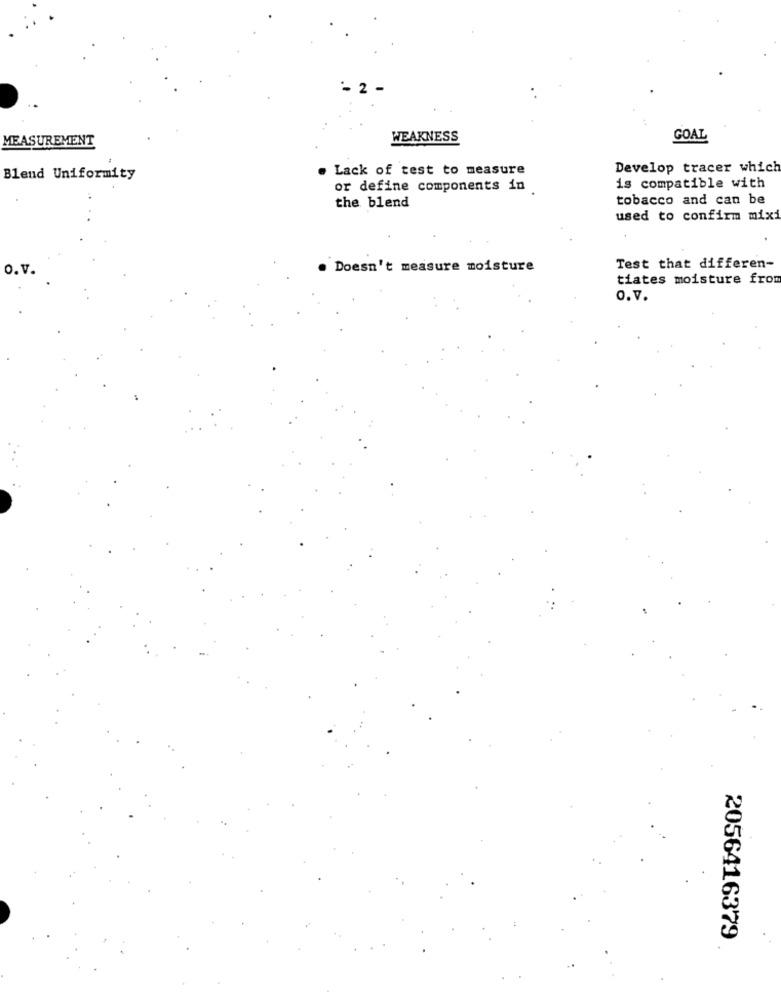
- 2
MEASUREMENT
WEAKNESS
GOAL
.Lack of test to measure
Develop tracer which
Blend Uniformity
or define components in
is compatible with
the blend
tobacco and can be
used to confirm mixi
O.v.
Doesn't measure moisture
Test that differen-
tiates moisture from
O.V.
2056416379